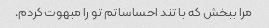
مرا ببخش که با تند احساساتم تو را مبهوت کردم.